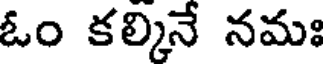
ఓం కల్కినే నమః